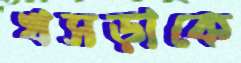
খসড়াকে